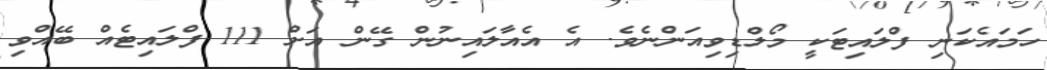
ހަމައެކަނި ފްލައިޓަކީ މޯލްޑިވިއަންނެވެ. އެ އެއާލައިނުން ގޭން އަށް 111 ފްލައިޓެއް ބޭއްވި